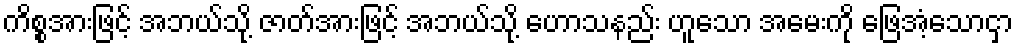
ကိစ္စအားဖြင့် အဘယ်သို့ ဇာတ်အားဖြင့် အဘယ်သို့ ဟောသနည်း ဟူသော အမေးကို ဖြေအံ့သောငှာ